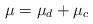
LaTeX: \begin{align*} \mu=\mu_d+\mu_c\end{align*}